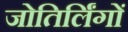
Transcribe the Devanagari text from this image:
जोतिर्लिंगों